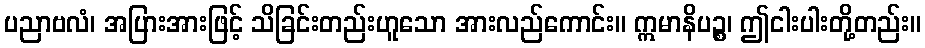
ပညာဗလံ၊ အပြားအားဖြင့် သိခြင်းတည်းဟူသော အားလည်ကောင်း။ ဣမာနိပဉ္စ၊ ဤငါးပါးတို့တည်း။